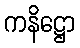
ကနိဋ္ဌော